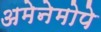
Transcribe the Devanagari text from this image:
अमेनेमोपे